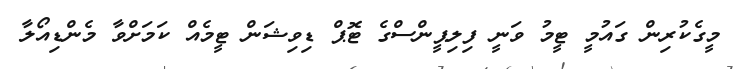
މީގެކުރިން ގައުމީ ޓީމު ވަނީ ފިލިޕީންސްގެ ޓޮޕް ޑިވިޝަން ޓީމެއް ކަމަށްވާ މެންޑިއޯލާ